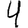
Digit: 4